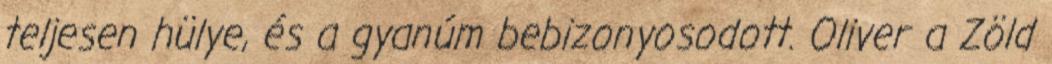
teljesen hülye, és a gyanúm bebizonyosodott. Oliver a Zöld